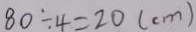
8 0 \div 4 = 2 0 ( c m )